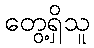
တွေ့ရှိသူ